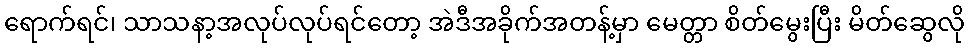
ရောက်ရင်၊ သာသနာ့အလုပ်လုပ်ရင်တော့ အဲဒီအခိုက်အတန့်မှာ မေတ္တာ စိတ်မွေးပြီး မိတ်ဆွေလို